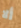
ألا